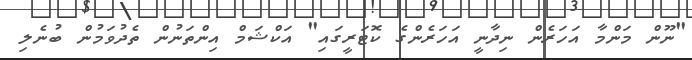
"ނޫން މަންމާ އަހަރެން ނިދާނީ އަހަރެންގެ ކޮޓަރީގައި" އަކްޝަމް އިންތަނުން ތެދުވަމުން ބުނެލި